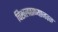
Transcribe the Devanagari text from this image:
चिखलठाण्याजवळ